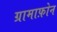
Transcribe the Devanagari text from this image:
ग्रामाफ़ोन